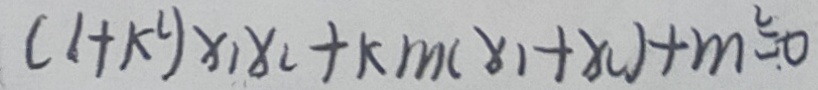
( 1 + k ^ { 2 } ) x _ { 1 } x _ { 2 } + k m ( x _ { 1 } + x _ { 1 } ) + m ^ { 2 } = _ { \cdot } 0